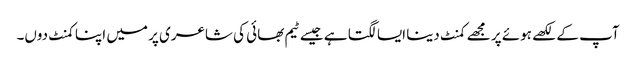
آپ کے لکھے ہوئے پر مجھے کمنٹ دینا ایسا لگتا ہے جیسے ٹیم بھائی کی شاعری پر میں اپنا کمنٹ دوں۔